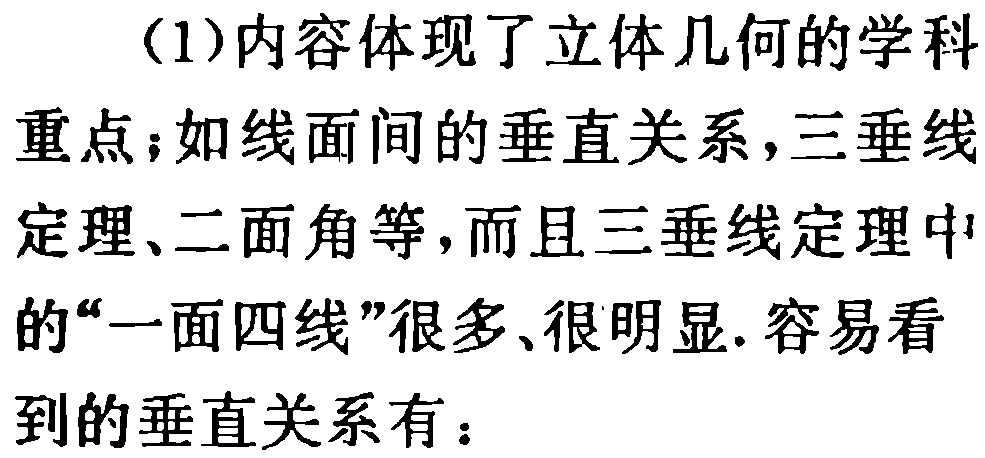
（1）内容体现了立体几何的学科重点；如线面间的垂直关系，三垂线定理、二面角等，而且三垂线定理中的“一面四线”很多、很明显. 容易看到的垂直关系有：